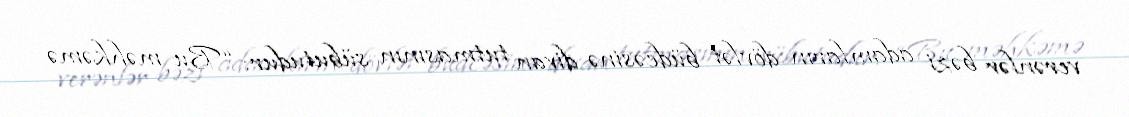
verənlər bəzi adamların dövlət büdcəsinə divan tutmasının sübutudur: “Bu məhkəmə